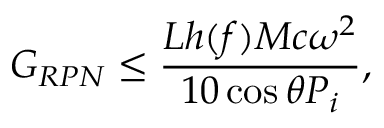
G _ { R P N } \leq \frac { L h ( f ) M c \omega ^ { 2 } } { 1 0 \cos \theta P _ { i } } ,